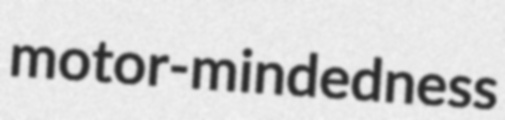
motor-mindedness